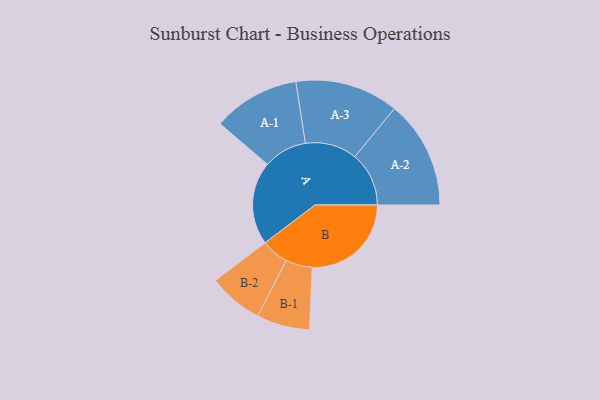
{"axis": {"x": "Segment", "y": "Value"}, "legend": ["", "A", "B"], "data": [{"x": "A", "y": 392, "type": ""}, {"x": "B", "y": 467, "type": ""}, {"x": "A-1", "y": 205, "type": "A"}, {"x": "A-2", "y": 255, "type": "A"}, {"x": "A-3", "y": 244, "type": "A"}, {"x": "B-1", "y": 125, "type": "B"}, {"x": "B-2", "y": 129, "type": "B"}]}